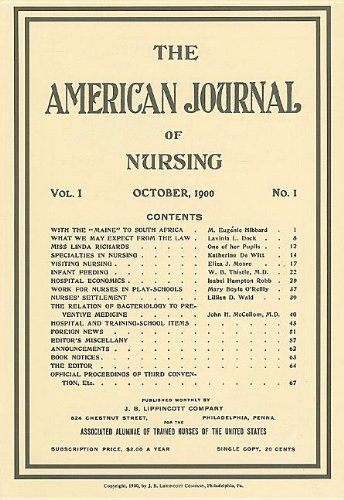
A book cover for American Journal of Nursing: Reproduction of First Issue, October 1900; Lippincott Williams & Wilkins; Medical Books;